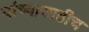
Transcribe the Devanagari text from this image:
यांच्यासाठीच